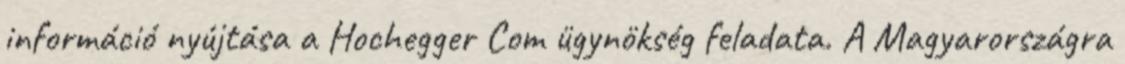
információ nyújtása a Hochegger Com ügynökség feladata. A Magyarországra